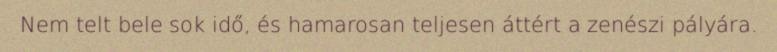
Nem telt bele sok idő, és hamarosan teljesen áttért a zenészi pályára.